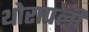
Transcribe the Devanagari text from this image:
थोरापली